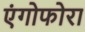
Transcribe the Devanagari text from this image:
एंगोफोरा